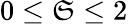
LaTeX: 0\le\mathfrak{S}\le2